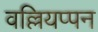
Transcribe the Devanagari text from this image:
वल्लियप्पन